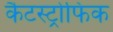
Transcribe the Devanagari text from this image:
कैटस्ट्रोफिक